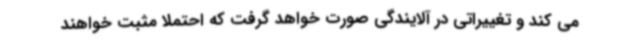
می کند و تغییراتی در آلایندگی صورت خواهد گرفت که احتملا مثبت خواهند